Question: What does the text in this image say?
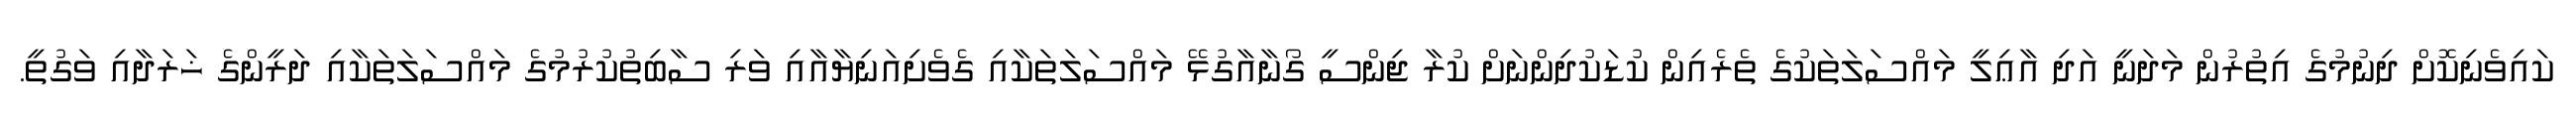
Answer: ކައިވެނިކޮށް ދިނުމުގެ އިތުރުން މަދަނީ އަދި އާޢިލީ މައްސަލަތަކުގެ ތެރެއިން ކުޑަކުދިންނަށް ކުރާ ޖިންސީ ގޯނާއާގުޅޭ މައްސަލަތަކާއި ގެވެށިއަނިޔާއާއި ވަރި ސާބިތުކުރުމުގެ މައްސަލަތަކާއި ދަރީންގެ ޚަރަދާއި ވަގުތީ.